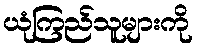
ယုံကြည်သူများကို